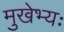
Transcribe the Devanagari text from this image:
मुखेभ्यः